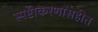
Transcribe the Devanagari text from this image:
स्पष्टीकरणासहीत